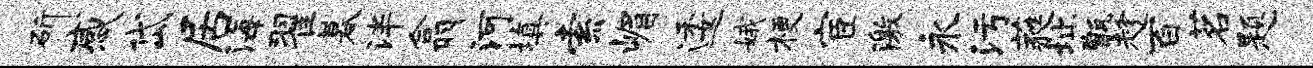
斫感岱居海翟暮泮翕河填索嵋逶娥梗宦激永污蕤址甑趁百茗题